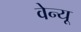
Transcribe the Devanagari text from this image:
वेन्यू